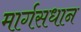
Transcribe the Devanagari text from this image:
मार्गसधान